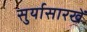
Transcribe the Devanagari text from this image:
सुर्यासारखें